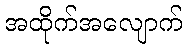
အထိုက်အလျောက်